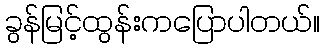
ခွန်မြင့်ထွန်းကပြောပါတယ်။